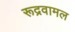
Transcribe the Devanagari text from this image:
रूद्रवामल